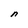
Character: n